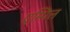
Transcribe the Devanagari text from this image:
एम्पिल